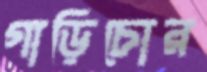
গাড়িচোর